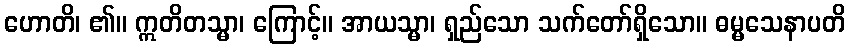
ဟောတိ၊ ၏။ ဣတိတသ္မာ၊ ကြောင့်။ အာယသ္မာ၊ ရှည်သော သက်တော်ရှိသော။ ဓမ္မသေနာပတိ